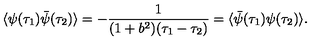
\langle \psi ( \tau _ { 1 } ) \bar { \psi } ( \tau _ { 2 } ) \rangle = - { \frac { 1 } { ( 1 + b ^ { 2 } ) ( \tau _ { 1 } - \tau _ { 2 } ) } } = \langle \bar { \psi } ( \tau _ { 1 } ) \psi ( \tau _ { 2 } ) \rangle .